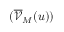
( \overline { { \mathcal { V } } } _ { M } ( u ) )